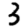
Digit: 3